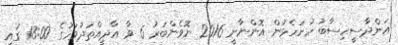
އަންދާސީހިސާބު ހުށަހެޅުން އޮންނާނީ 2016 ނޮވެންބަރު 6 ވާ އާދީއްތަދުވަހުގެ 13:00 ގައި